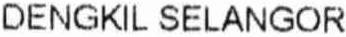
DENGKIL SELANGOR